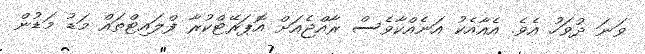
ވަނަ ދުވަހު އެވެ. އެއާއެކު އަނެއްކާވެސް ރާއްޖެއަށް އޮޕަރޭޓްކުރާ ފްލައިޓްތައް މަޑު މަޑުން